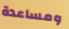
ومساعدة